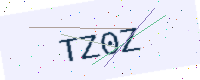
Text: TZ0Z